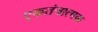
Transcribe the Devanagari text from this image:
एकतंत्रात्मक